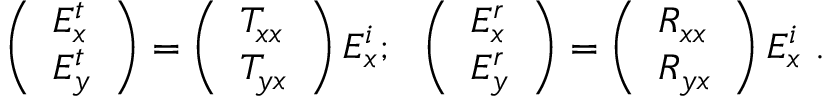
\left( \begin{array} { l } { E _ { x } ^ { t } } \\ { E _ { y } ^ { t } } \end{array} \right) = \left( \begin{array} { l } { T _ { x x } } \\ { T _ { y x } } \end{array} \right) E _ { x } ^ { i } ; ~ ~ \left( \begin{array} { l } { E _ { x } ^ { r } } \\ { E _ { y } ^ { r } } \end{array} \right) = \left( \begin{array} { l } { R _ { x x } } \\ { R _ { y x } } \end{array} \right) E _ { x } ^ { i } \ .